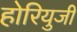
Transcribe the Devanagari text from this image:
होरियुजी